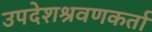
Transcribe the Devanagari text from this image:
उपदेशश्रवणकर्ता